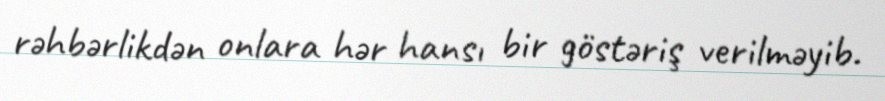
rəhbərlikdən onlara hər hansı bir göstəriş verilməyib.